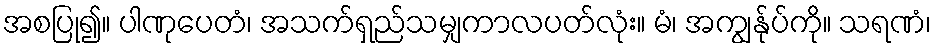
အစပြု၍။ ပါဏုပေတံ၊ အသက်ရှည်သမျှကာလပတ်လုံး။ မံ၊ အကျွန်ုပ်ကို။ သရဏံ၊